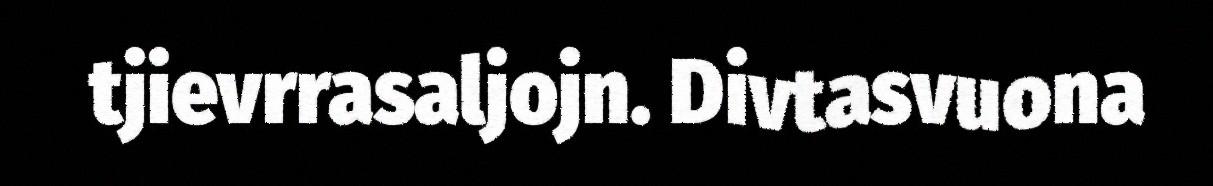
tjievrrasaljojn. Divtasvuona